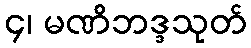
၄၊ မဏိဘဒ္ဒသုတ်